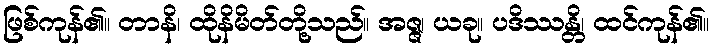
ဖြစ်ကုန်၏။ တာနိ၊ ထိုနိမိတ်တို့သည်။ အဇ္ဇ၊ ယခု။ ပဒိဿန္တိ၊ ထင်ကုန်၏။